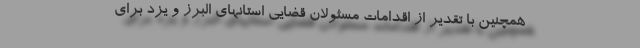
همچنین با تقدیر از اقدامات مسئولان قضایی استانهای البرز و یزد برای